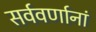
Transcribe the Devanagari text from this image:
सर्ववर्णानां